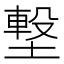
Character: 𡐊